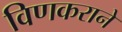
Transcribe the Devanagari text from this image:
विणकराने